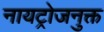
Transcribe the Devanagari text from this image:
नायट्रोजनुक्त